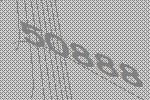
50888